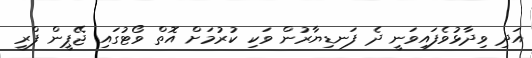
އަދި ވިދާޅުވެފައިވަނީ ދެ ފަނޑިޔާރުން ވަކި ކުރުމަށް އޮތް ވޯޓުގައި ޖޭޕީން ފްރީ